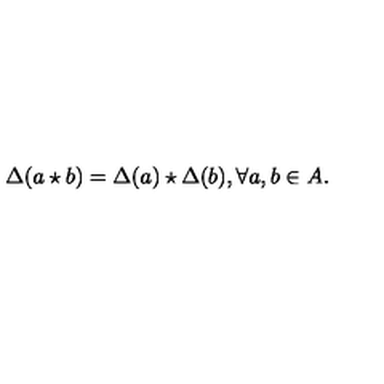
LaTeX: \Delta ( a \star b ) = \Delta ( a ) \star \Delta ( b ) , \forall a , b \in A .